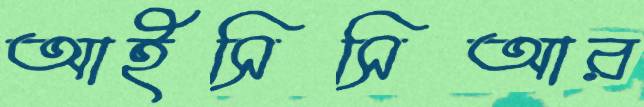
আইসিসিআর